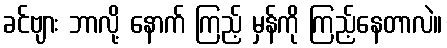
ခင်ဗျား ဘာလို့ နောက် ကြည့် မှန်ကို ကြည့်နေတာလဲ။